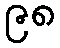
၉၈